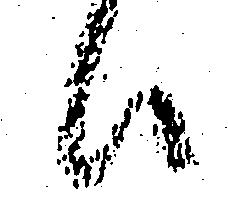
ハ